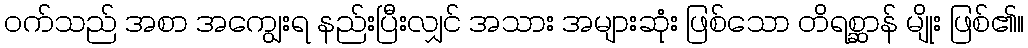
ဝက်သည် အစာ အကျွေးရ နည်းပြီးလျှင် အသား အများဆုံး ဖြစ်သော တိရစ္ဆာန် မျိုး ဖြစ်၏။